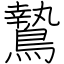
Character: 鷙